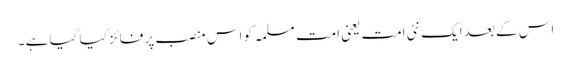
اس کے بعد ایک نئی امت یعنی امت مسلمہ کو اس منصب پر فائز کیا گیا ہے ۔